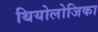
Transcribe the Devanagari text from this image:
थियोलोजिका